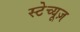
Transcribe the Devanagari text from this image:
स्टेच्यूज़